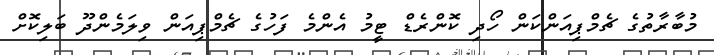
މުބާރާތުގެ ޗެމްޕިއަންކަން ހޯދި ކޮންރެޑް ޓީމު އެންމެ ފަހުގެ ޗެމްޕިއަން ވިލަމެންދޫ ބަލިކޮށް